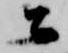
公